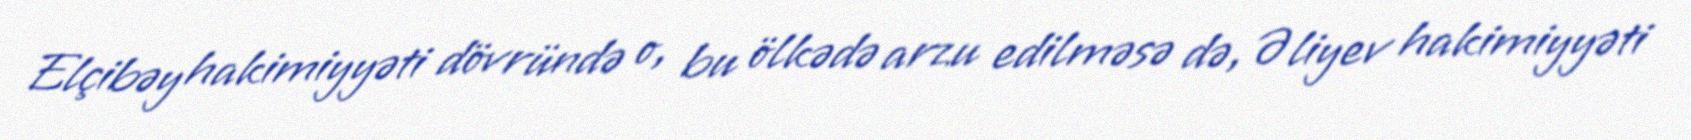
Elçibəy hakimiyyəti dövründə o, bu ölkədə arzu edilməsə də, Əliyev hakimiyyəti